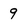
Character: 9